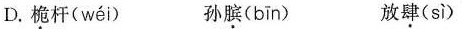
D. 桅杆( wéi ) 孙膑( bīn ) 放肆( sì )